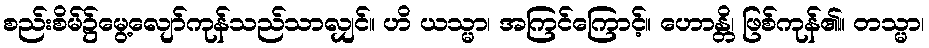
စည်းစိမ်၌မွေ့လျော်ကုန်သည်သာလျှင်။ ဟိ ယသ္မာ၊ အကြင်ကြောင့်။ ဟောန္တိ၊ ဖြစ်ကုန်၏။ တသ္မာ၊